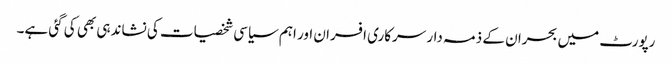
رپورٹ میں بحران کے ذمہ دار سرکاری افسران اور اہم سیاسی شخصیات کی نشاندہی بھی کی گئی ہے۔